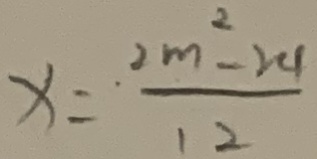
x = \cdot \frac { 2 m ^ { 2 } - 2 4 } { 1 2 }